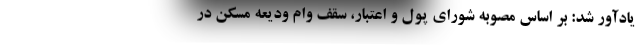
یادآور شد: بر اساس مصوبه شورای پول و اعتبار، سقف وام ودیعه مسکن در